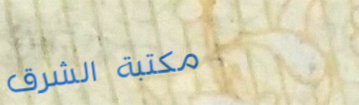
مكتبة الشرق